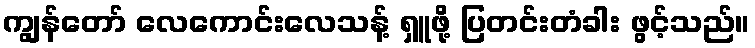
ကျွန်တော် လေကောင်းလေသန့် ရှူဖို့ ပြတင်းတံခါး ဖွင့်သည်။